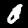
Digit: 0